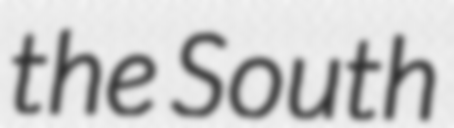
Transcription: the South